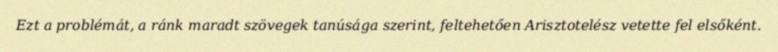
Ezt a problémát, a ránk maradt szövegek tanúsága szerint, feltehetően Arisztotelész vetette fel elsőként.